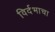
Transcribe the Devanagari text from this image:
विर्दभाचा